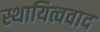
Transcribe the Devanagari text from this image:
स्थायित्ववाद